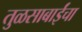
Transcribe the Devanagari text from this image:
तुळसाबाईंचा